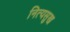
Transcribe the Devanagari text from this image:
नित्यसुख